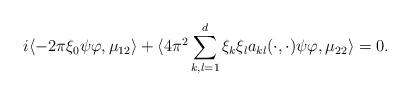
LaTeX: \begin{align*} &i \langle -2\pi \xi_0 \psi \varphi, \mu_{12}\rangle+\langle 4\pi^2\sum\limits_{k,l=1}^d \xi_k \xi_la_{kl}(\cdot,\cdot)\psi \varphi, \mu_{22} \rangle=0 .\end{align*}